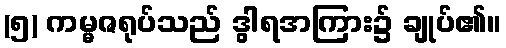
(၅) ကမ္မဇရုပ်သည် ဒွါရအကြား၌ ချုပ်၏။